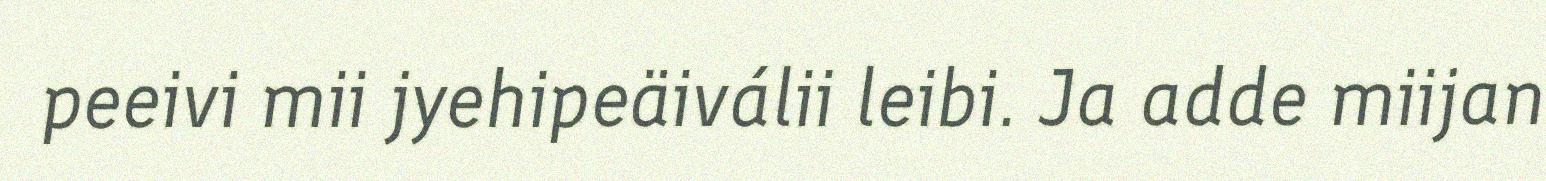
peeivi mii jyehipeäiválii leibi. Ja adde miijan